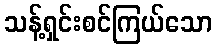
သန့်ရှင်းစင်ကြယ်သော